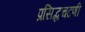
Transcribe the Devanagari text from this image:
प्रसिद्धचटणी